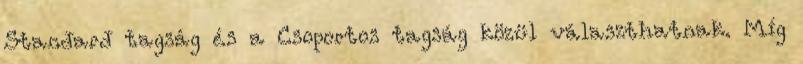
Standard tagság és a Csoportos tagság közül választhatnak. Míg